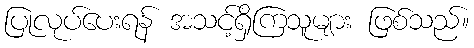
ပြုလုပ်ပေးရန် အသင့်ရှိကြသူများ ဖြစ်သည်။